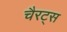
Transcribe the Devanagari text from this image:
चैरट्स